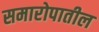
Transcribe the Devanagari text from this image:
समारोपातील